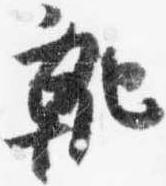
靴